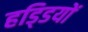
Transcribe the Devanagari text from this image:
हडि्‍डयों